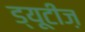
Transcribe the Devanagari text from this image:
ड्यूटीज़